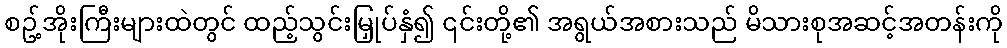
စဥ့်အိုးကြီးများထဲတွင် ထည့်သွင်းမြှုပ်နှံ၍ ၎င်းတို့၏ အရွယ်အစားသည် မိသားစုအဆင့်အတန်းကို